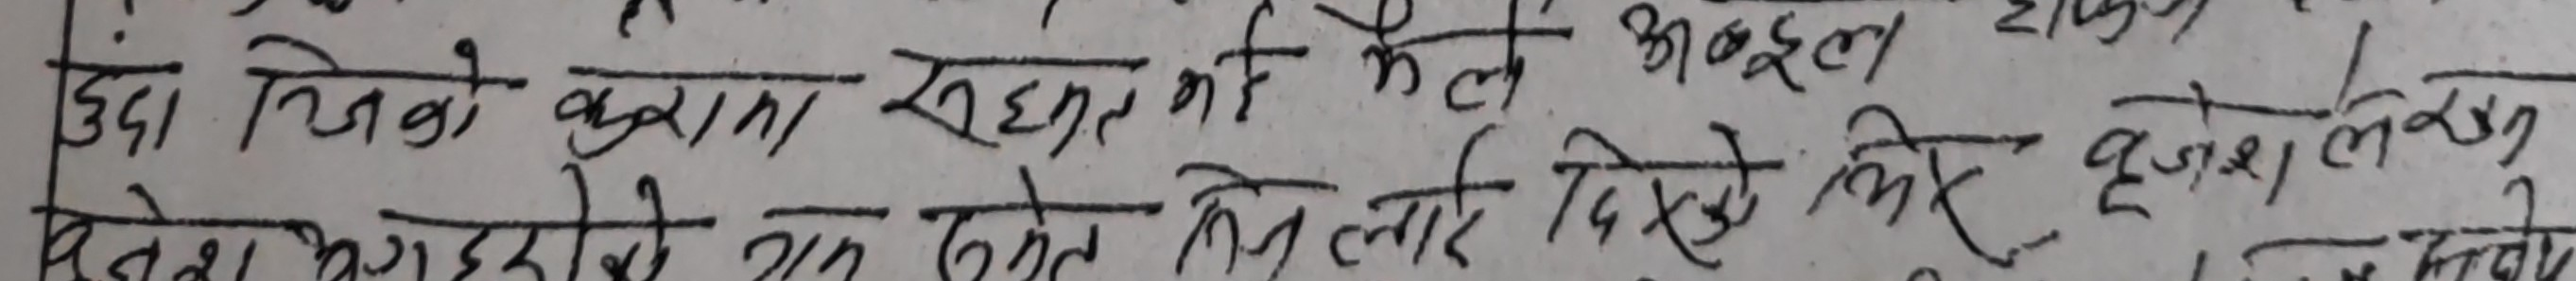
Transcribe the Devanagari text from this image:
छुंदा जिवो कुरामा खुशत की महल अबुझल दुख लाग्छ